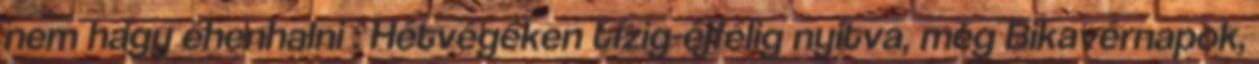
nem hagy éhenhalni : Hétvégéken tízig-éjfélig nyitva, meg Bikavérnapok,